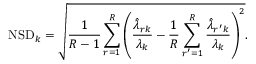
\mathrm { N S D } _ { k } = \sqrt { \frac { 1 } { R - 1 } \sum _ { r = 1 } ^ { R } { \left( \frac { \hat { { \lambda } } _ { r k } } { \lambda _ { k } } - \frac { 1 } { R } \sum _ { r ^ { \prime } = 1 } ^ { R } \frac { \hat { { \lambda } } _ { r ^ { \prime } k } } { \lambda _ { k } } \right) ^ { 2 } } } .